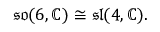
{ \mathfrak { s o } } ( 6 , \mathbb { C } ) \cong { \mathfrak { s l } } ( 4 , \mathbb { C } ) .